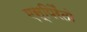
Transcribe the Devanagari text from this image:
एस्पिरैंतो